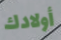
أولادك